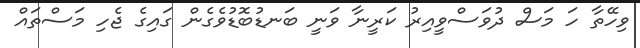
ވިހޭތާ ހަ މަސް ދުވަސްވީއިރު ކަރީނާ ވަނީ ބަނޑުބޮޑުވެގެން ގައިގެ ޖެހި މަސްތައް